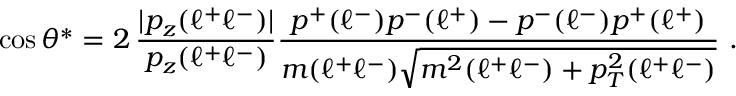
\cos \theta ^ { * } = 2 \, { \frac { | p _ { z } ( \ell ^ { + } \ell ^ { - } ) | } { p _ { z } ( \ell ^ { + } \ell ^ { - } ) } } { \frac { p ^ { + } ( \ell ^ { - } ) p ^ { - } ( \ell ^ { + } ) - p ^ { - } ( \ell ^ { - } ) p ^ { + } ( \ell ^ { + } ) } { m ( \ell ^ { + } \ell ^ { - } ) \sqrt { m ^ { 2 } ( \ell ^ { + } \ell ^ { - } ) + p _ { T } ^ { 2 } ( \ell ^ { + } \ell ^ { - } ) } } } ~ .